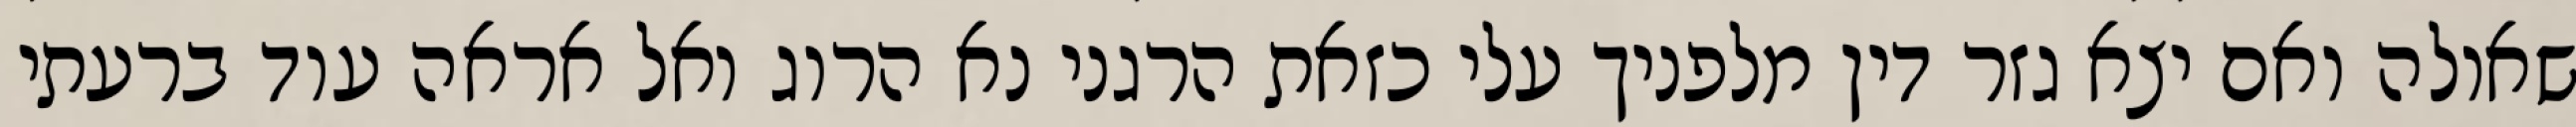
שאולה ואם יצא גזר דין מלפניך עלי כזאת הרגני נא הרוג ואל אראה עוד ברעתי